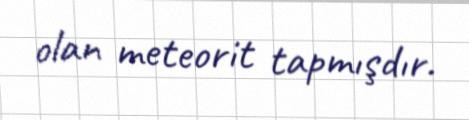
olan meteorit tapmışdır.